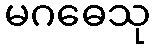
မဂဓေသု